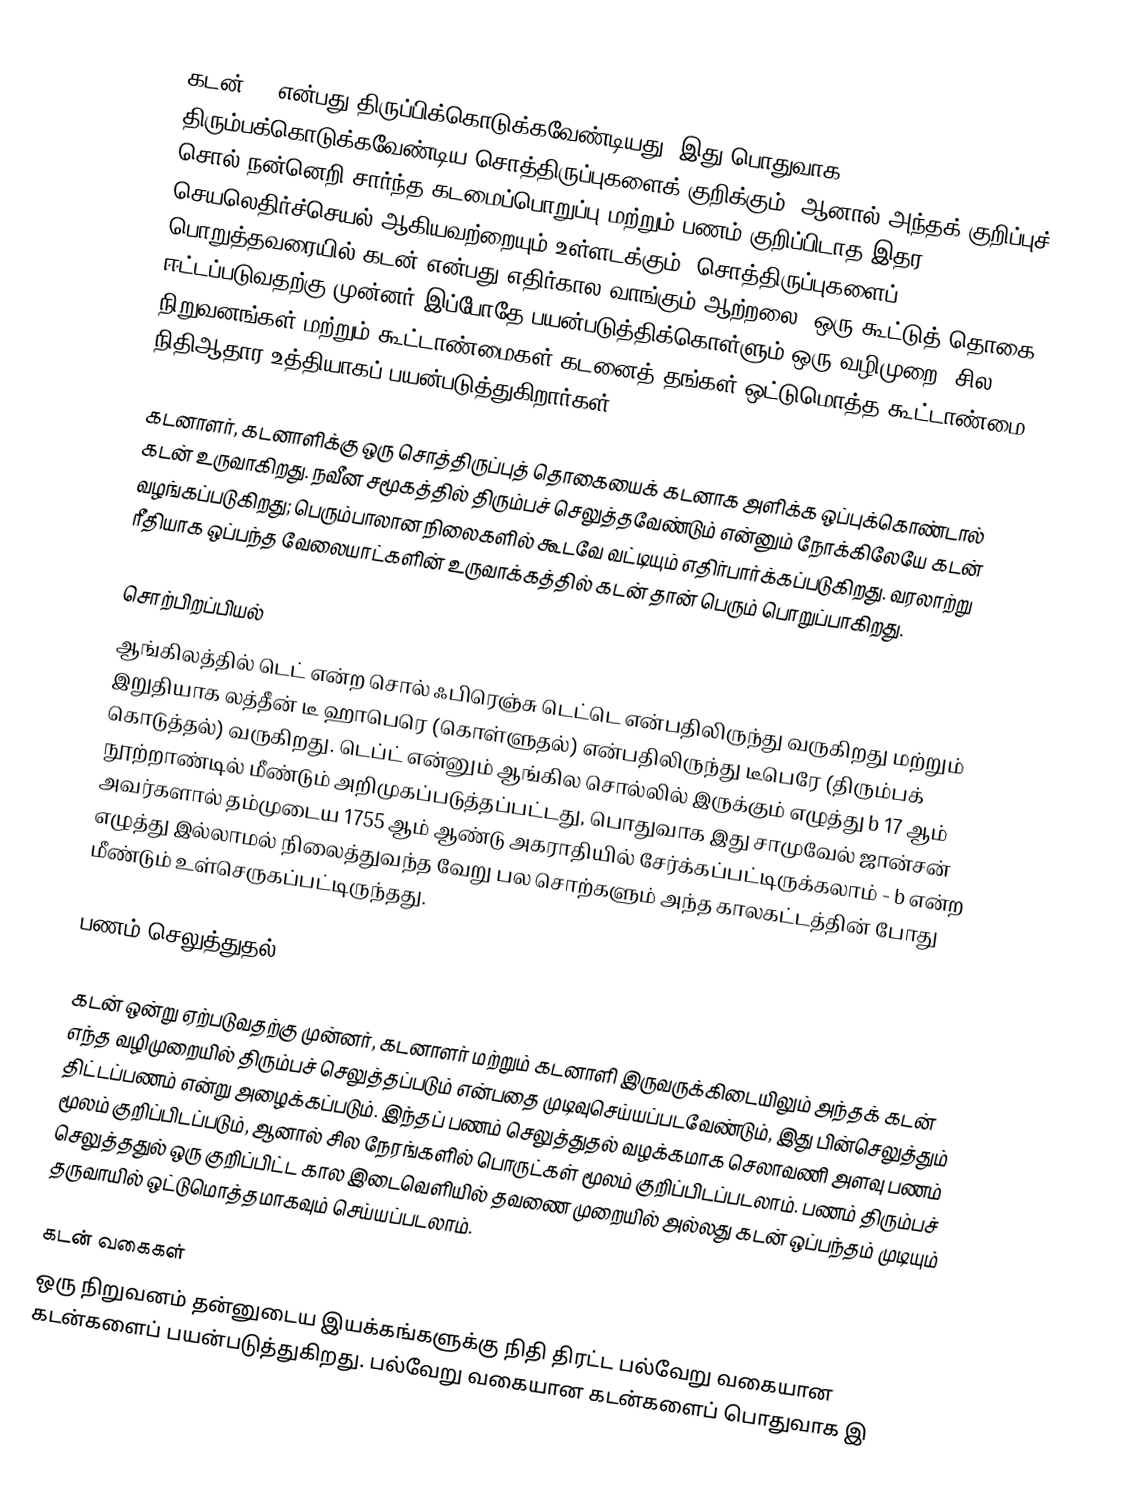
கடன் () என்பது திருப்பிக்கொடுக்கவேண்டியது; இது பொதுவாக திரும்பக்கொடுக்கவேண்டிய சொத்திருப்புகளைக் குறிக்கும், ஆனால் அந்தக் குறிப்புச் சொல் நன்னெறி சார்ந்த கடமைப்பொறுப்பு மற்றும் பணம் குறிப்பிடாத இதர செயலெதிர்ச்செயல் ஆகியவற்றையும் உள்ளடக்கும். சொத்திருப்புகளைப் பொறுத்தவரையில் கடன் என்பது எதிர்கால வாங்கும் ஆற்றலை, ஒரு கூட்டுத் தொகை ஈட்டப்படுவதற்கு முன்னர் இப்போதே பயன்படுத்திக்கொள்ளும் ஒரு வழிமுறை. சில நிறுவனங்கள் மற்றும் கூட்டாண்மைகள் கடனைத் தங்கள் ஒட்டுமொத்த கூட்டாண்மை நிதிஆதார உத்தியாகப் பயன்படுத்துகிறார்கள்.

கடனாளர், கடனாளிக்கு ஒரு சொத்திருப்புத் தொகையைக் கடனாக அளிக்க ஒப்புக்கொண்டால் கடன் உருவாகிறது. நவீன சமூகத்தில் திரும்பச் செலுத்தவேண்டும் என்னும் நோக்கிலேயே கடன் வழங்கப்படுகிறது; பெரும்பாலான நிலைகளில் கூடவே வட்டியும் எதிர்பார்க்கப்படுகிறது. வரலாற்று ரீதியாக ஒப்பந்த வேலையாட்களின்  உருவாக்கத்தில் கடன் தான் பெரும் பொறுப்பாகிறது.

சொற்பிறப்பியல்
ஆங்கிலத்தில் டெட் என்ற சொல் ஃபிரெஞ்சு டெட்டெ  என்பதிலிருந்து வருகிறது மற்றும் இறுதியாக லத்தீன் டீ ஹாபெரெ (கொள்ளுதல்) என்பதிலிருந்து டீபெரே  (திரும்பக் கொடுத்தல்) வருகிறது. டெப்ட்  என்னும் ஆங்கில சொல்லில் இருக்கும் எழுத்து b  17 ஆம் நூற்றாண்டில் மீண்டும் அறிமுகப்படுத்தப்பட்டது, பொதுவாக இது சாமுவேல் ஜான்சன் அவர்களால் தம்முடைய 1755 ஆம் ஆண்டு அகராதியில் சேர்க்கப்பட்டிருக்கலாம் - b  என்ற எழுத்து இல்லாமல் நிலைத்துவந்த வேறு பல சொற்களும் அந்த காலகட்டத்தின் போது மீண்டும் உள்செருகப்பட்டிருந்தது.

பணம் செலுத்துதல்

கடன் ஒன்று ஏற்படுவதற்கு முன்னர், கடனாளர் மற்றும் கடனாளி இருவருக்கிடையிலும் அந்தக் கடன் எந்த வழிமுறையில் திரும்பச் செலுத்தப்படும் என்பதை முடிவுசெய்யப்படவேண்டும், இது பின்செலுத்தும் திட்டப்பணம் என்று அழைக்கப்படும். இந்தப் பணம் செலுத்துதல் வழக்கமாக செலாவணி அளவு பணம் மூலம் குறிப்பிடப்படும், ஆனால் சில நேரங்களில் பொருட்கள் மூலம் குறிப்பிடப்படலாம். பணம் திரும்பச் செலுத்ததுல் ஒரு குறிப்பிட்ட கால இடைவெளியில் தவணை முறையில் அல்லது கடன் ஒப்பந்தம் முடியும் தருவாயில் ஒட்டுமொத்தமாகவும் செய்யப்படலாம்.

கடன் வகைகள்
ஒரு நிறுவனம் தன்னுடைய இயக்கங்களுக்கு நிதி திரட்ட பல்வேறு வகையான கடன்களைப் பயன்படுத்துகிறது. பல்வேறு வகையான கடன்களைப் பொதுவாக இ